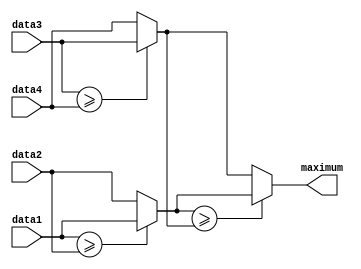
`timescale 1ns / 1ns
module cmp
(
    input signed [7:0] data1,
    input signed [7:0] data2,
    input signed [7:0] data3,
    input signed [7:0] data4,

    output [7:0] maximum
);
wire signed [7:0] candi1, candi2;
assign candi1 = ($signed(data1) >= $signed(data2))? data1 : data2;
assign candi2 = ($signed(data3) >= $signed(data4))? data3 : data4;
assign maximum = ($signed(candi1) >= $signed(candi2))? candi1 : candi2;
// assign maximum = ((data1 >= data2) & (data1 >= data3) & (data1 >= data4)) ? data1 :
//                  ((data2 >= data1) & (data2 >= data3) & (data2 >= data4)) ? data2 :
//                  ((data3 >= data1) & (data3 >= data2) & (data3 >= data4)) ? data3 :
//                                                                             data4 ;
endmodule